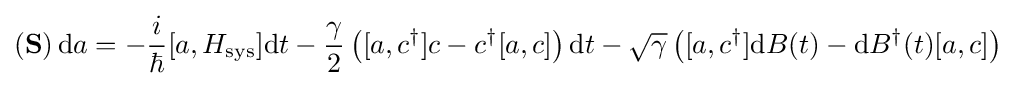
(\mathbf {S} )\,\mathrm {d} a=-{\frac {i}{\hbar }}[a,H_{\mathrm {sys} }]\mathrm {d} t-{\frac {\gamma }{2}}\left([a,c^{\dagger }]c-c^{\dagger }[a,c]\right)\mathrm {d} t-{\sqrt {\gamma }}\left([a,c^{\dagger }]\mathrm {d} B(t)-\mathrm {d} B^{\dagger }(t)[a,c]\right)